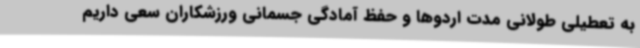
به تعطیلی طولانی مدت اردوها و حفظ آمادگی جسمانی ورزشکاران سعی داریم